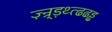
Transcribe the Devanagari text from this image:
ज़्न्र्ड़थ्त्ढढड्ढ